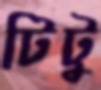
টিটু